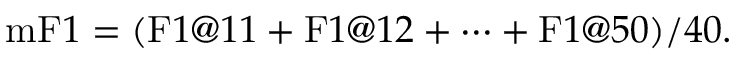
\mathrm { m F } 1 = ( \mathrm { F } 1 @ 1 1 + \mathrm { F } 1 @ 1 2 + \cdots + \mathrm { F } 1 @ 5 0 ) / 4 0 .